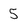
Character: 5